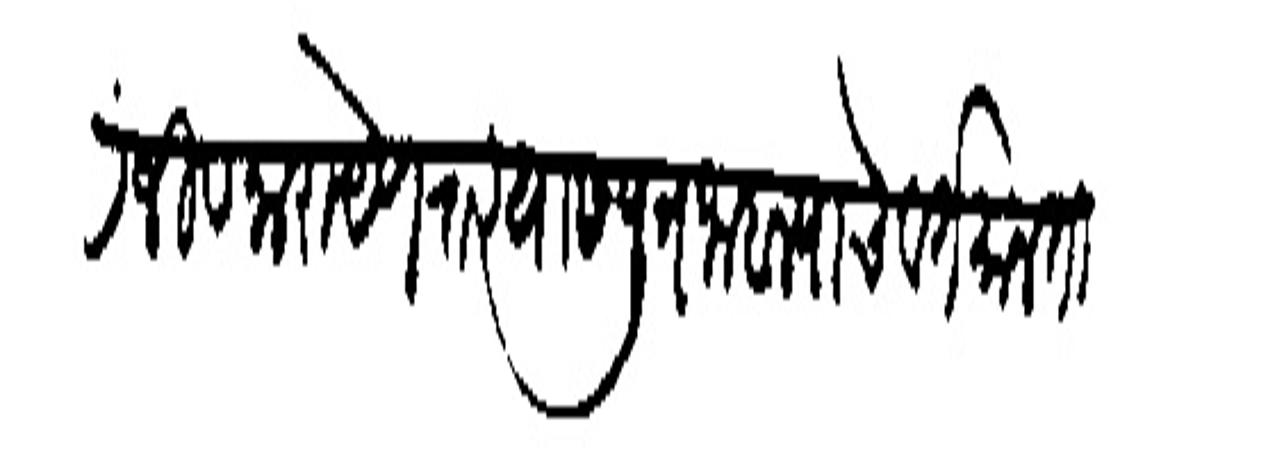
Transliteration (Devanagari): चिरंजीव नारायेणराव यास पुत्र जाहाल्याचे वर्तमान तिकडे